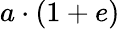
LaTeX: a\cdot(1+e)